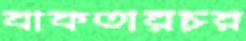
বাকতারচর